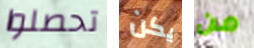
تحصلوا يكن من